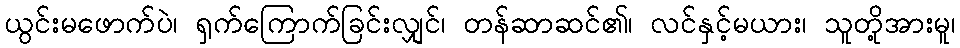
ယွင်းမဖောက်ပဲ၊ ရှက်ကြောက်ခြင်းလျှင်၊ တန်ဆာဆင်၏၊ လင်နှင့်မယား၊ သူတို့အားမူ၊